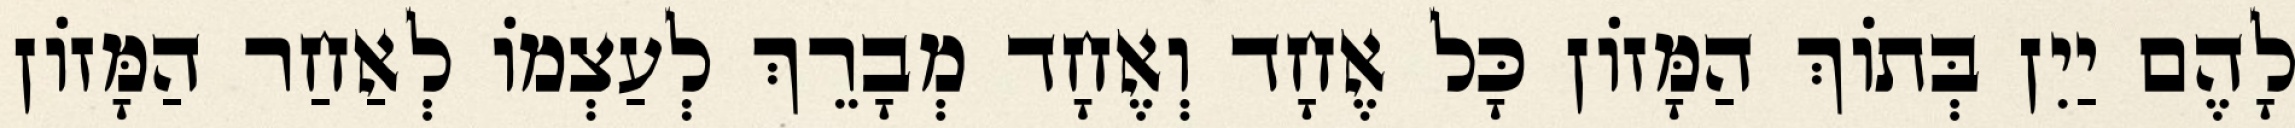
לָהֶם יַיִן בְּתוֹךְ הַמָּזוֹן כָּל אֶחָד וְאֶחָד מְבָרֵךְ לְעַצְמוֹ לְאַחַר הַמָּזוֹן